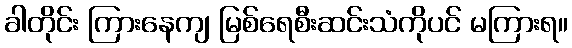
ခါတိုင်း ကြားနေကျ မြစ်ရေစီးဆင်းသံကိုပင် မကြားရ။